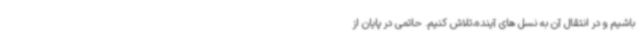
باشیم و در انتقال آن به نسل های آینده،تلاش کنیم. حاتمی در پایان از